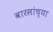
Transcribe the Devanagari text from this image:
वारसांच्या